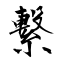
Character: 繋